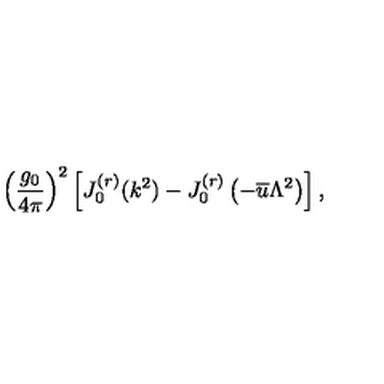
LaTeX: \left( \frac { g _ { 0 } } { 4 \pi } \right) ^ { 2 } \left[ J _ { 0 } ^ { ( r ) } ( k ^ { 2 } ) - J _ { 0 } ^ { ( r ) } \left( - \overline { { u } } \Lambda ^ { 2 } \right) \right] ,